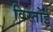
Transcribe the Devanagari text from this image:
विस्तोई